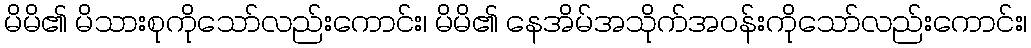
မိမိ၏ မိသားစုကိုသော်လည်းကောင်း၊ မိမိ၏ နေအိမ်အသိုက်အဝန်းကိုသော်လည်းကောင်း၊